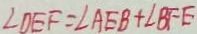
\angle D E F = \angle A E B + \angle B F E